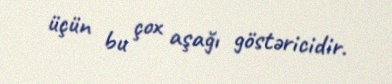
üçün bu çox aşağı göstəricidir.